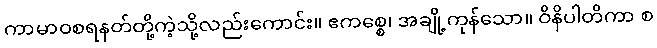
ကာမာဝစရနတ်တို့ကဲ့သို့လည်းကောင်း။ ဧကစ္စေ၊ အချို့ကုန်သော။ ဝိနိပါတိကာ စ